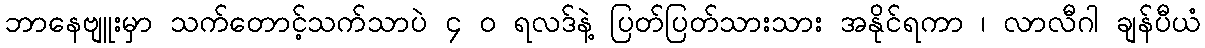
ဘာနေဗျူးမှာ သက်တောင့်သက်သာပဲ ၄ ၀ ရလဒ်နဲ့ ပြတ်ပြတ်သားသား အနိုင်ရကာ ၊ လာလီဂါ ချန်ပီယံ